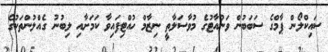
ސައިކްލޯން ޕާމްގެ ސަބަބުން ވަނުއާޓުގެ މުވާސަލާތީ ނިޒާމް ހުއްޓިފައިވާ ކަމަށާއި ލިބުނު ގެއްލުންތަކުގެ